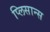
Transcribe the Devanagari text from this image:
प्लिसान्स